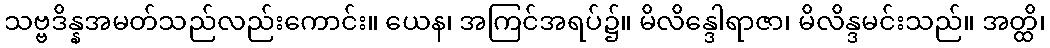
သဗ္ဗဒိန္နအမတ်သည်လည်းကောင်း။ ယေန၊ အကြင်အရပ်၌။ မိလိန္ဒေါရာဇာ၊ မိလိန္ဒမင်းသည်။ အတ္ထိ၊